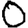
Digit: 0